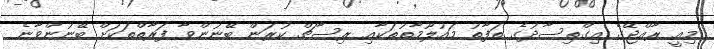
މިއީ ރާއްޖޭގެ އިގްތިސާދުގެ ތަފާތު މައުލޫމާތުތަކާއި ރިސާޗް ކުރަން ބޭނުންވާ ފަރާތްތަކަށް ބޭނުންވާނެ